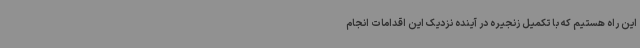
این راه هستیم که با تکمیل زنجیره در آینده نزدیک این اقدامات انجام